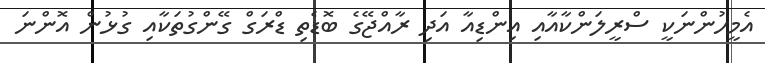
އެމީހުންނަކީ ސްރީލަންކާއާއި އިންޑިއާ އަދި ރާއްޖޭގެ ބޮޑެތި ޑްރަގް ގޭންގުތަކާއި ގުޅުން އޮންނަ